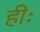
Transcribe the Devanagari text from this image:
हीः